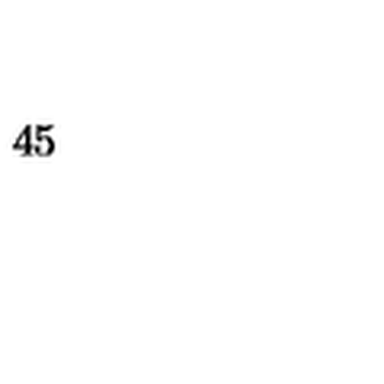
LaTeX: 4 5